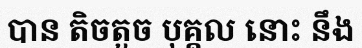
បាន តិចតួច បុគ្គល នោះ នឹង